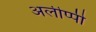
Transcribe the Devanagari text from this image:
अलीप्पी